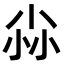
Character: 尛